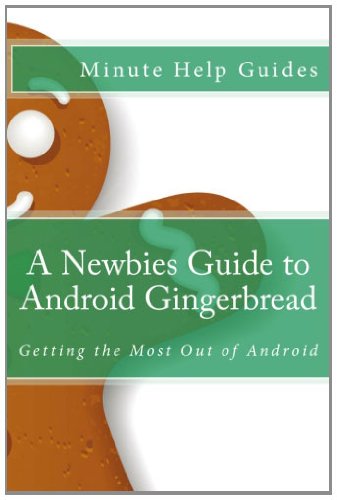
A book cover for A Newbies Guide to Android Gingerbread: Getting the Most Out of Android; Minute Help Guides; Computers & Technology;